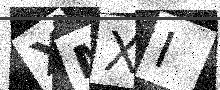
Text: XMXI